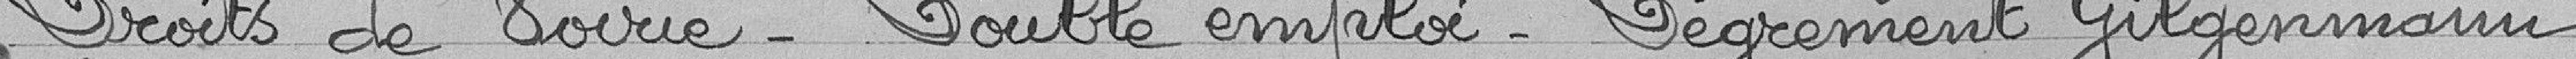
Droits de voirie - Double emploi - Dégréement Gilgenmann